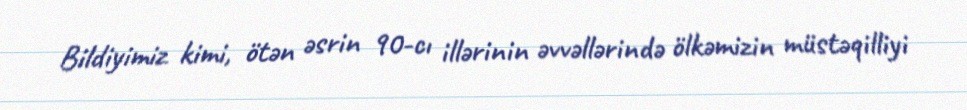
Bildiyimiz kimi, ötən əsrin 90-cı illərinin əvvəllərində ölkəmizin müstəqilliyi